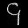
Digit: ၄